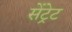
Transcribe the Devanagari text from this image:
सेंट्रेट